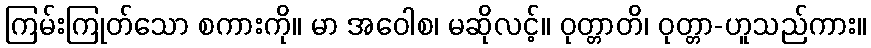
ကြမ်းကြုတ်သော စကားကို။ မာ အဝေါစ၊ မဆိုလင့်။ ဝုတ္တာတိ၊ ဝုတ္တာ-ဟူသည်ကား။